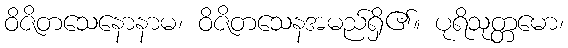
ဝိဇိတသေနောနာမ၊ ဝိဇိတသေနအမည်ရှိ၏။ ပုရိသုတ္တမော၊